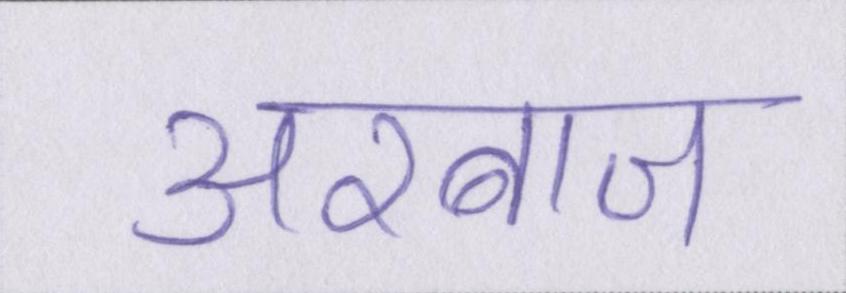
अरबाज